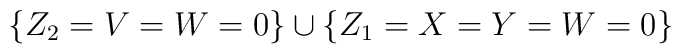
\{Z_2=V=W=0\} \cup \{Z_1=X=Y=W=0\}